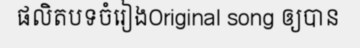
ផលិតបទចំរៀងOriginal song ឲ្យបាន